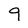
Character: 9